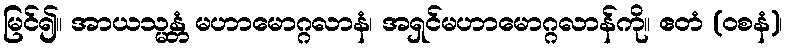
မြင်၍။ အာယသ္မန္တံ မဟာမောဂ္ဂလာနံ၊ အရှင်မဟာမောဂ္ဂလာန်ကို။ ဧတံ (ဝစနံ)၊